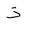
Letter: _thal